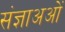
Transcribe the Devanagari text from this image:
संज्ञाअओं